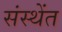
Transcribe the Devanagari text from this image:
संस्थेंत